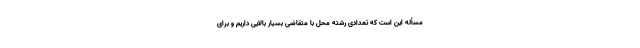
مسأله این است که تعدادی رشته محل با متقاضی بسیار بالایی داریم و برای